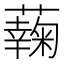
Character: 䕮